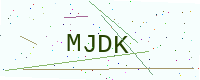
Text: MJDK